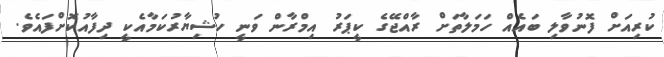
ކުރިއަށް ފޮނުވާލި ބައެއް ހަމަލާތަށް ރާއްޖޭގެ ކީޕަރު އިމްރާން ވަނީ ހުޝިޔާރުކަމާއެކީ ދިފާއުކޮށްފައެވެ.